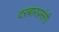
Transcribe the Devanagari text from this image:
दरबारप्रसंगी